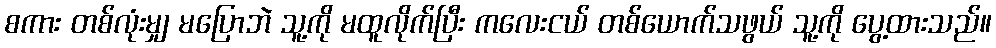
စကား တစ်လုံးမျှ မပြောဘဲ သူ့ကို မထူလိုက်ပြီး ကလေးငယ် တစ်ယောက်သဖွယ် သူ့ကို ပွေ့ထားသည်။